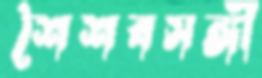
শৈশবসঙ্গী